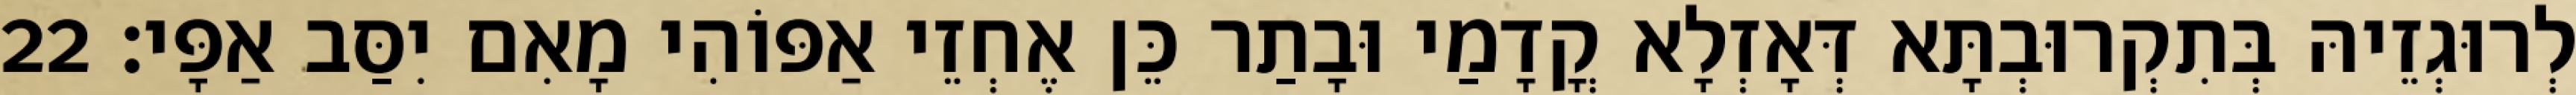
לְרוּגְזֵיהּ בְּתִקְרוּבְתָּא דְּאָזְלָא קֳדָמַי וּבָתַר כֵּן אֶחְזֵי אַפּוֹהִי מָאִם יִסַּב אַפָּי׃ 22